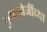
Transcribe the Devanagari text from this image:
तुकडोजींच्या